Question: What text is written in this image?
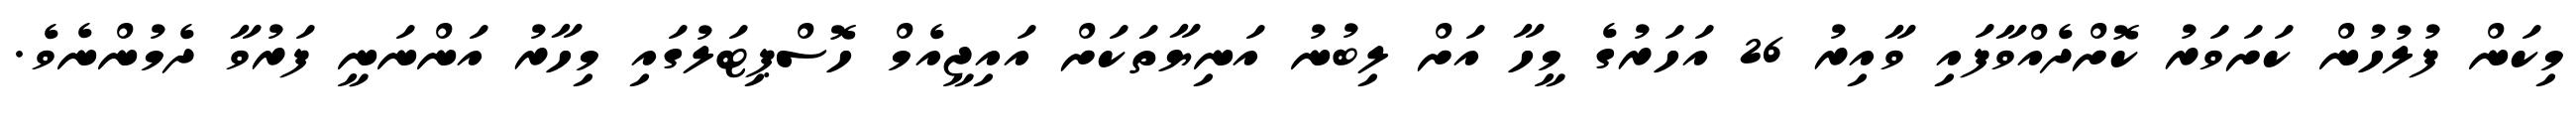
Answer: މިކަން ފުލުހުން ކަށަވަރު ކޮށްދެއްވާފައި ވާއިރު 26 އަހަރުގެ މީހާ އަށް ލިބުނު އަނިޔާތަކަށް އައިޖީއެމް ހޮސްޕިޓަލުގައި މިހާރު އަންނަނީ ފަރުވާ ދެމުންނެވެ.